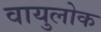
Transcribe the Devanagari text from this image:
वायुलोक